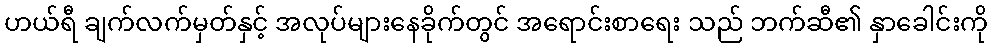
ဟယ်ရီ ချက်လက်မှတ်နှင့် အလုပ်များနေခိုက်တွင် အရောင်းစာရေး သည် ဘက်ဆီ၏ နှာခေါင်းကို